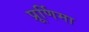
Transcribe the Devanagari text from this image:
प्रूर्णिमा